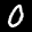
Label: 0